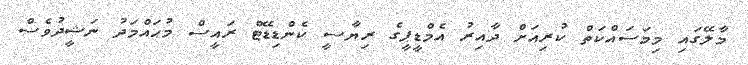
މާލޭގައި މިމަސައްކަތް ކުރިއަށް ދާއިރު އެމްޑީޕީގެ ރިޔާސީ ކެންޑިޑޭޓް ރައީސް މުޙައްމަދު ނަޝީދުވެސް